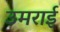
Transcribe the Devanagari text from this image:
उमराई